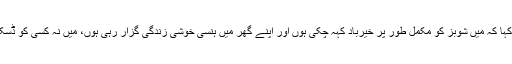
اس حوالے سے بیرون ملک مقیم اداکارہ نے بات کرتے ہوئے کہا کہ میں شوبز کو مکمل طور پر خیرباد کہہ چکی ہوں اور اپنے گھر میں ہنسی خوشی زندگی گزار رہی ہوں، میں نہ کسی کو ڈسکس کرتی ہوں اور نہ چاہتی ہوں کہ مجھے کوئی ڈسکس کرے۔